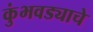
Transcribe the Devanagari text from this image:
कुंभवड्याचे